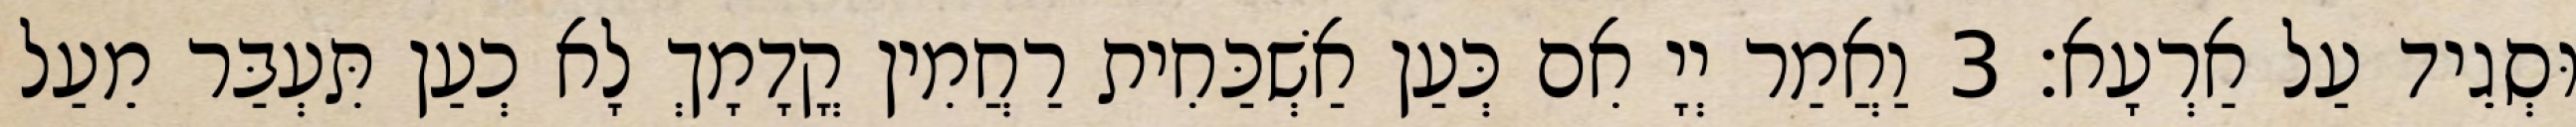
וּסְגֵיד עַל אַרְעָא׃ 3 וַאֲמַר יְיָ אִם כְּעַן אַשְׁכַּחִית רַחֲמִין קֳדָמָךְ לָא כְעַן תִּעְבַּר מֵעַל